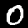
Label: 0